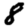
Digit: 8